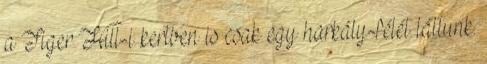
a Tiger Hill-i kertben is csak egy harkály-félét láttunk.